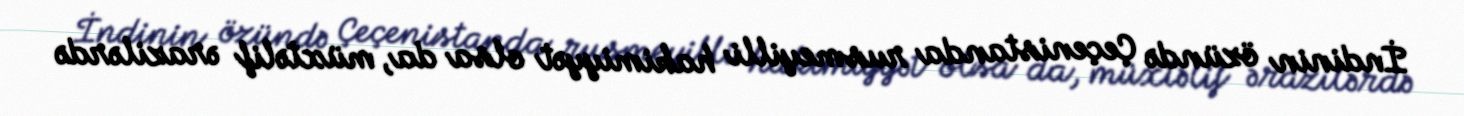
İndinin özündə Çeçenistanda rusmeyilli hakimiyyət olsa da, müxtəlif ərazilərdə